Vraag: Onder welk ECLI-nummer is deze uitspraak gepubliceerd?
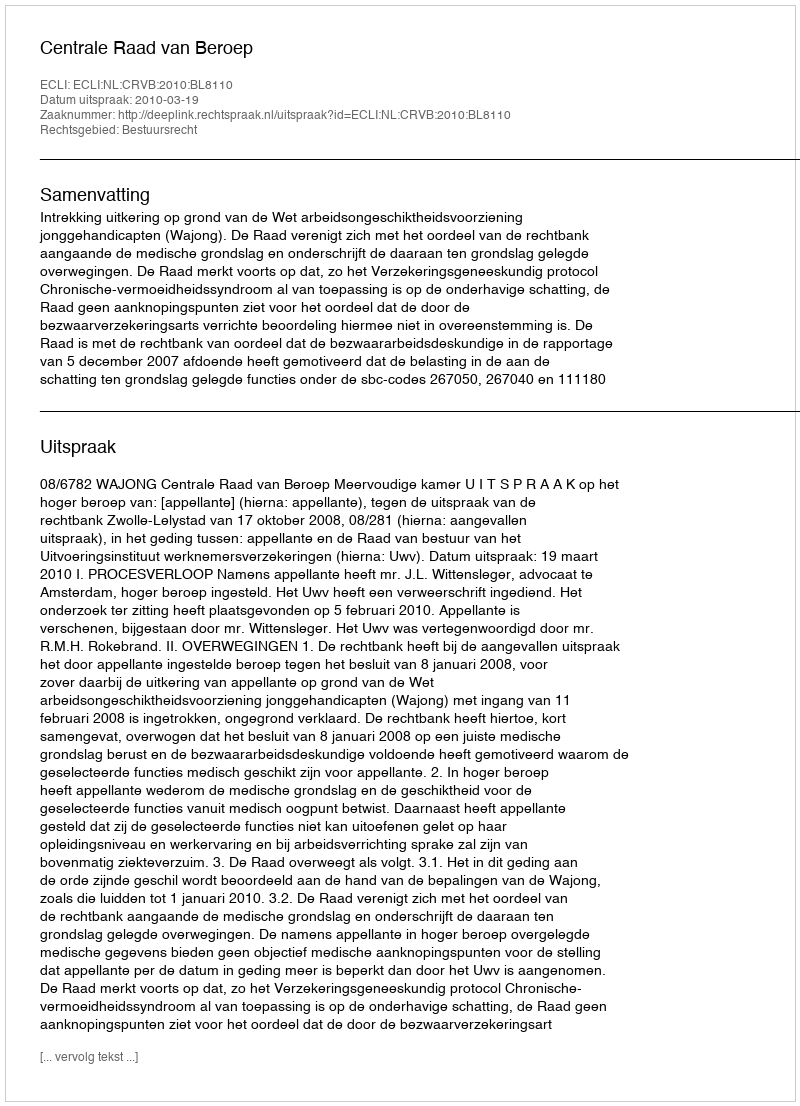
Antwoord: ECLI:NL:CRVB:2010:BL8110